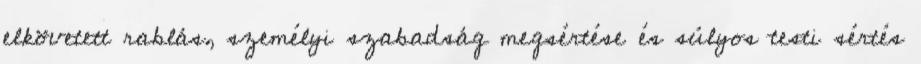
elkövetett rablás, személyi szabadság megsértése és súlyos testi sértés